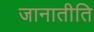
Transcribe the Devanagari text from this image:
जानातीति